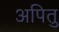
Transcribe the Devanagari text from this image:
अपितु